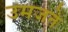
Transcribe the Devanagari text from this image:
उमजते